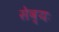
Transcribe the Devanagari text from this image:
सेव्यः